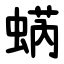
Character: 蜹